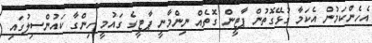
އެހެންކަމުން އެކަމާ ގުޅޭގޮތުން ޕާޓީން ގޮތެއް ނިންމާނީ ޕާޓީގެ ގައުމީ ހިންގާ ކައުންސިލުގައި